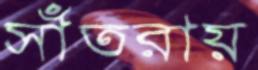
সাঁতরায়